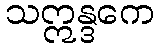
သဣန္ဒကေ